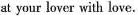
at your lover with love.